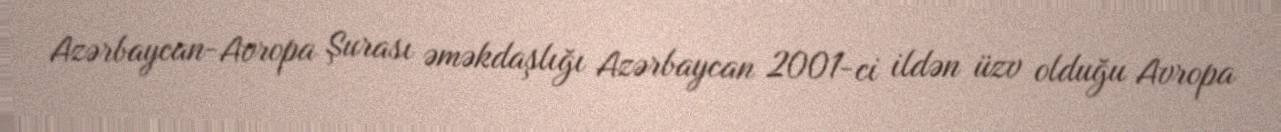
Azərbaycan-Avropa Şurası əməkdaşlığı Azərbaycan 2001-ci ildən üzv olduğu Avropa